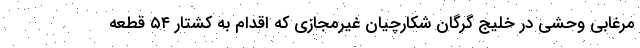
مرغابی وحشی در خلیج گرگان شکارچیان غیرمجازی که اقدام به کشتار ۵۴ قطعه